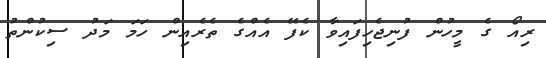
ރިއޯ ގެ މީހުން ފުނިޖެހިފައިވާ ކެފޭ އެއްގެ ތެރެއިން ހަމަ މަދު ސިކުންތު